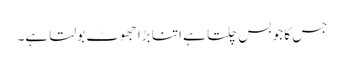
جس کا جو بس چلتا ہے اتنا بڑا جھوٹ بولتا ہے۔